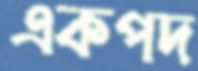
একপদ